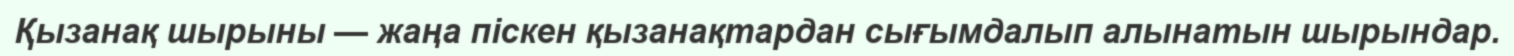
Қызанақ шырыны — жаңа піскен қызанақтардан сығымдалып алынатын шырындар.